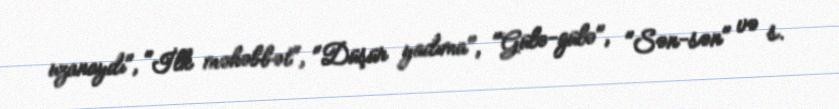
uzanaydı", "İlk məhəbbət", "Düşür yadıma", "Gülə-gülə", "Sən-sən" və s.